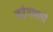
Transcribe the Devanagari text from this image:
तरंगभगों